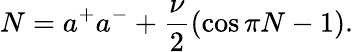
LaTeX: N=a^{+}a^{-}+\frac{\nu}{2}(\cos\pi N-1).